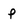
Character: P